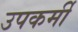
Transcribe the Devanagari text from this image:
उपकर्मी